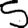
Digit: 5